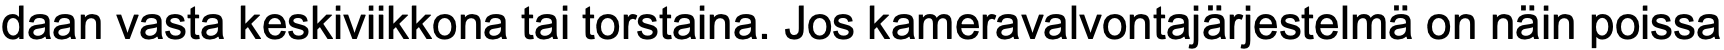
daan vasta keskiviikkona tai torstaina. Jos kameravalvontajärjestelmä on näin poissa